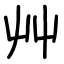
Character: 艸